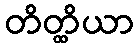
တိတ္ထိယာ